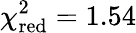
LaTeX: \chi_{\textrm{red}}^{2}=1.54